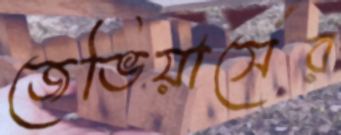
জেভিয়ার্সের